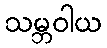
သမ္ဘဝါယ